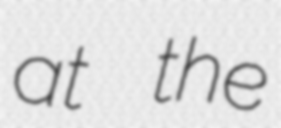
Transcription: at the